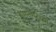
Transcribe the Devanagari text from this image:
रामनगरच्या